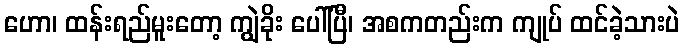
ဟော၊ ထန်းရည်မူးတော့ ကျွဲခိုး ပေါ်ပြီ၊ အစကတည်းက ကျုပ် ထင်ခဲ့သားပဲ